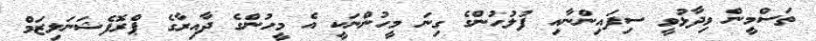
ތަސްމީން ވިދާޅުވީ ސިފައިންނާއި ފުލުހުންގެ ގިނަ މީހުންނަކީ އެ މީހުންގެ ދާއިރާގެ ޕްރޮފެޝަނަލިޒަމް